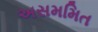
અસમમિત